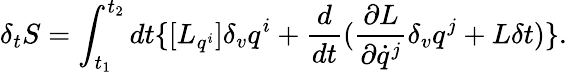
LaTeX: \delta_{t}{S}=\int_{t_{1}}^{t_{2}}dt\{ [{L}_{q^{i}}]\delta_{v}q^{i}+\frac{d}{dt}(\frac{\partial{L}}{\partial\dot{q}^{j}}\delta_{v}q^{j}+{L}\delta t)\} .